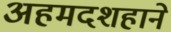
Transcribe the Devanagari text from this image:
अहमदशहाने